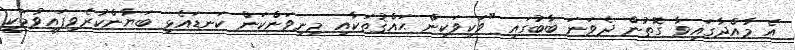
އެ މާއްދާގައިވާ ގޮތުން ދެވަނަ ބާބުގައި "ވަކިވަކިން ޙައްޤުތަކާއި މިނިވަންކަން ކަނޑައެޅި ބަޔާންކުރެވިފައިވުމަކީ